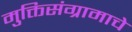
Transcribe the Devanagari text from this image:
मुक्तिसंग्रामाचे